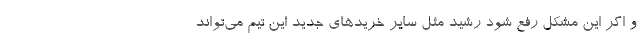
و اگر این مشکل رفع شود رشید مثل سایر خریدهای جدید این تیم می‌تواند